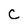
Character: c